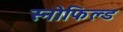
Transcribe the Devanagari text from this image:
स्‍नोफिल्‍ड